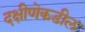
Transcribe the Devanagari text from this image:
दक्षीणेकडील